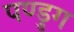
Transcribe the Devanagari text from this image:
पण्डुग